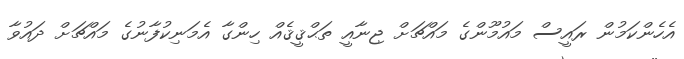
އެހެންކަމުން ރައީސް މައުމޫންގެ މައްޗަށް ޖިނާއީ ތަޙްޤީޤެއް ހިންގާ އެމަނިކުފާނުގެ މައްޗަށް ދައުވާ